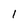
Character: 1